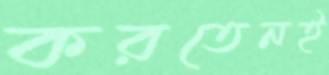
করতেনই